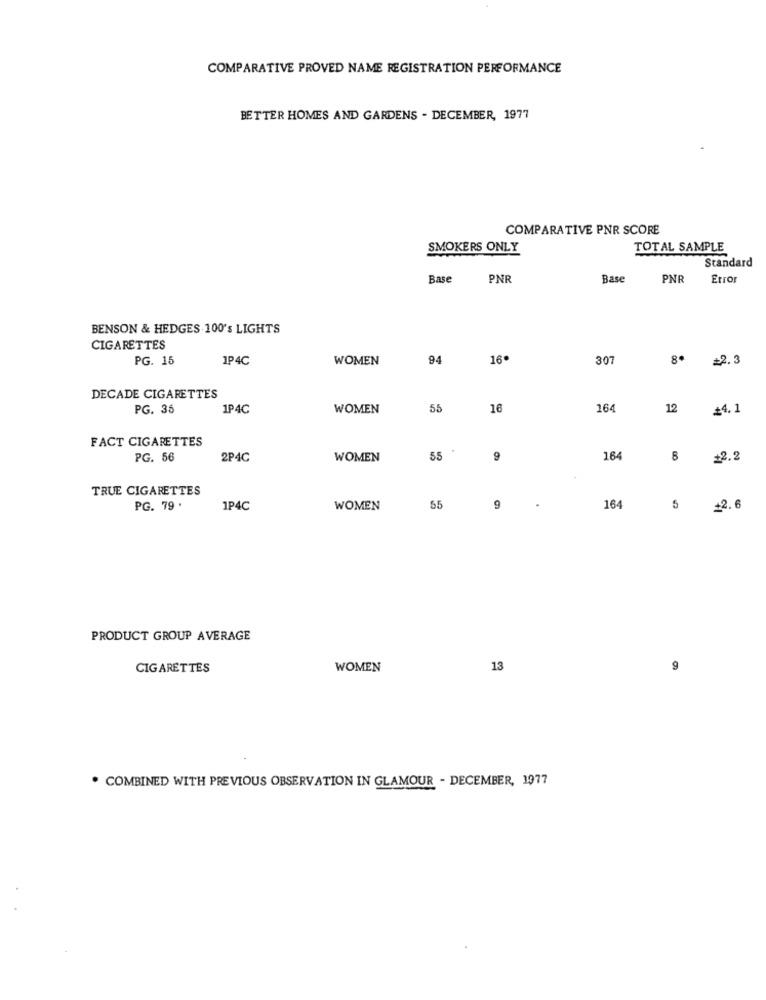
COMPARATIVE PROVED NAME REGISTRATION PERFORMANCE
BETTER HOMES AND GARDENS . DECEMBER, 1977
COMPARATIVE PNR SCORE
SMOKERS ONLY
TOTAL SAMPLE
Standard
Base
PNR
Base
PNR
Error
BENSON & HEDGES 100's LIGHTS
CIGARETTES
PG. 15
1P4C
WOMEN
94
16.
307
=2.3
DECADE CIGARETTES
PG. 36
1P4C
WOMEN
55
16
164
12
£4.1
FACT CIGARETTES
PG. 56
2PAC
WOMEN
55
164
+2.2
TRUE CIGARETTES
PG. 79 .
1P4C
WOMEN
55
9
164
5
+2.6
PRODUCT GROUP AVERAGE
CIGARETTES
WOMEN
13
9
. COMBINED WITH PREVIOUS OBSERVATION IN GLAMOUR - DECEMBER, 1977